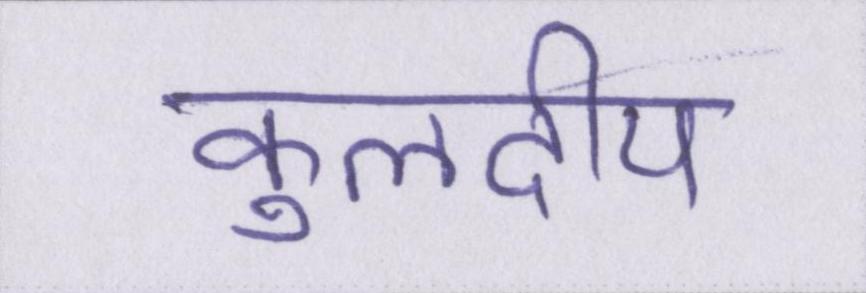
कुलदीप